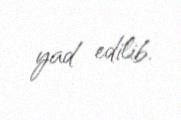
yad edilib.